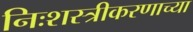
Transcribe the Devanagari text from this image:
निःशस्त्रीकरणाच्या